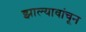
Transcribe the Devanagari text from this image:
झाल्यावांचून